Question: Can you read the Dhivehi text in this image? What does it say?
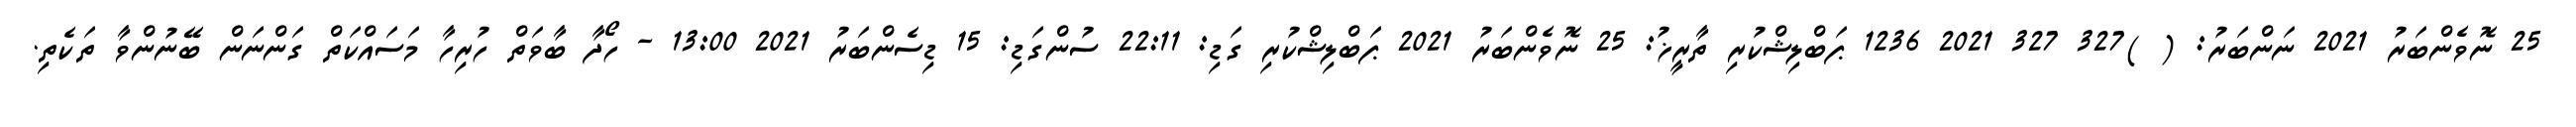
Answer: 25 ނޮވެންބަރު 2021 ނަންބަރު: ( )327 327 2021 1236 ޕަބްލިޝްކުރި ތާރީޚު: 25 ނޮވެންބަރު 2021 ޕަބްލިޝްކުރި ގަޑި: 22:11 ސުންގަޑި: 15 ޑިސެންބަރު 2021 13:00 - ހޯދާ ބާވަތް ހުރިހާ މަސައްކަތް ގަންނަން ބޭނުންވާ ތަކެތި.